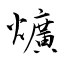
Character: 爌